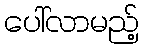
ပေါ်လာမည့်